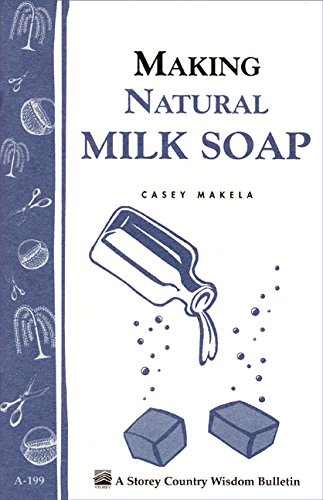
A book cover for Making Natural Milk Soap: Storey's Country Wisdom Bulletin A-199 (Storey Country Wisdom Bulletin, a-199); Casey Makela; Crafts, Hobbies & Home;